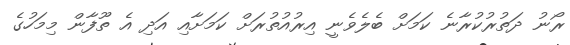
ރޯނު ދަތުރުކުރާނެ ކަމަށް ބެލެވެނީ އިރުއުތުރަށް ކަމަށާއި އަދި އެ ތޫފާން މިމަހުގެ